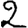
Digit: 2